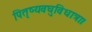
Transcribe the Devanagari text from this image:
पितृष्यवघुविधात्रा।